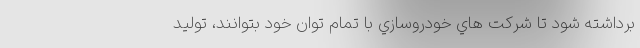
برداشته شود تا شركت هاي خودروسازي با تمام توان خود بتوانند، توليد